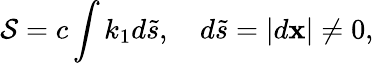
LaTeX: {\cal S}=c\int k_{1}d{\tilde{s}},\quad d{\tilde{s}}=|{d{\mathbf x}}|\neq 0,